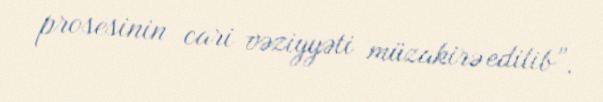
prosesinin cari vəziyyəti müzakirə edilib”.